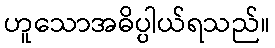
ဟူသောအဓိပ္ပါယ်ရသည်။